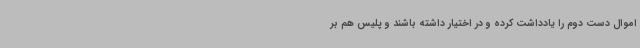
اموال دست دوم را یادداشت کرده و در اختیار داشته باشند و پلیس هم بر